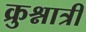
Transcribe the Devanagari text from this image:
क्रुश्नात्री